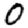
Digit: 0